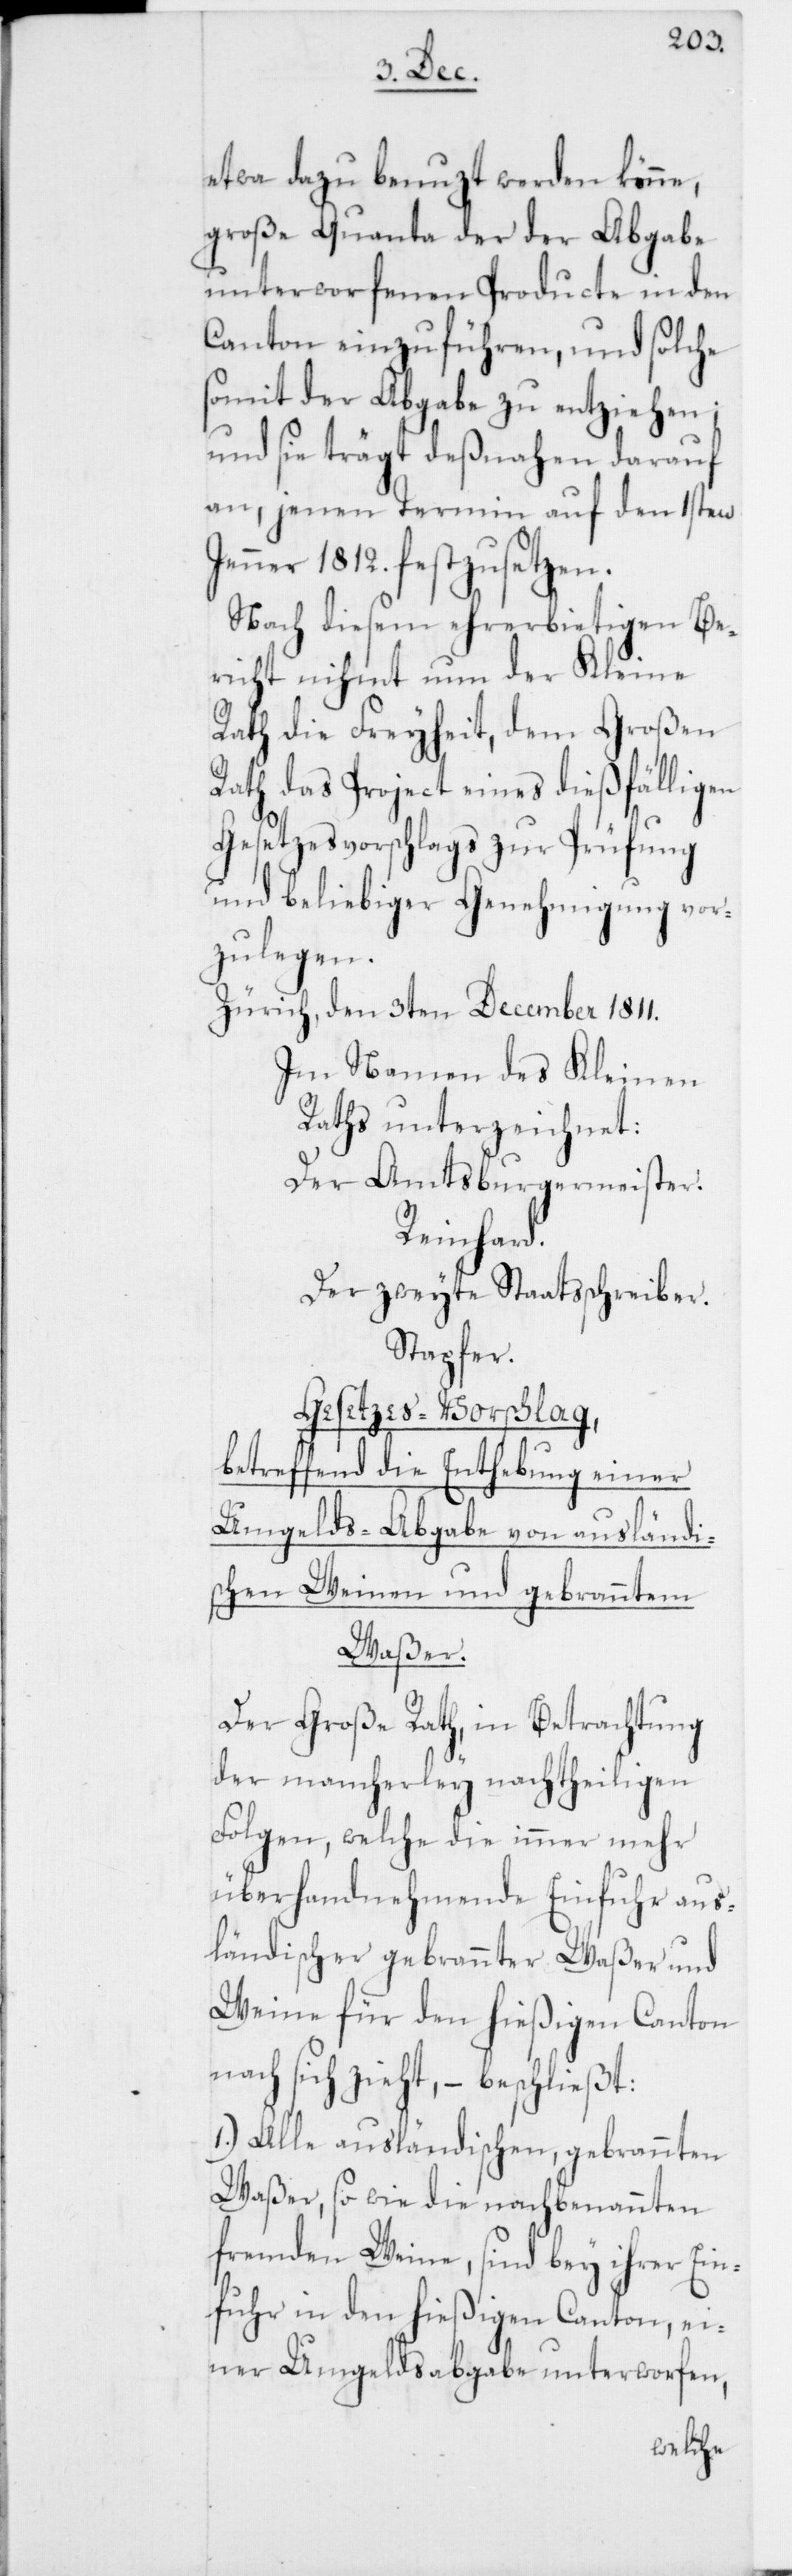
etwa dazu benuzt werden könne,
große Quanta der der Abgabe
unterworfenen Producte in den
Canton einzuführen, und solche
somit der Abgabe zu entziehen;
und sie trägt deßnahen darauf
an, jenen Termin auf den 1sten
Jenner 1812. festzusetzen.
Nach diesem ehrerbietigen Be¬
richt nihmt nun der Kleine
Rath die Freyheit, dem Großen
Rath das Project eines dießfälligen
Gesetzesvorschlags zur Prüfung
und beliebiger Genehmigung vor¬
zulegen.
Zürich, den 3ten December 1811.
Im Namen des Kleinen
Raths unterzeichnet:
Der Amtsburgermeister.
Reinhard.
Der zweyte Staatsschreiber.
Stapfer.
Gesetzes-Vorschlag,
betreffend die Enthebung einer
Umgelds-Abgabe von ausländis¬
chen Weinen und gebranntem
Waßer.
Der Große Rath, in Betrachtung
der mancherley nachtheiligen
Folgen, welche die immer mehr
überhandnehmende Einfuhr aus¬
ländischer gebrannter Waßer und
Weine für den hießigen Canton
nach sich zieht, – beschließt:
1.) Alle ausländischen, gebrannten
Waßer, so wie die nachbenannten
fremden Weine, sind bey ihrer Ein¬
fuhr in den hießigen Canton, ei¬
ner Umgeldsabgabe unterworfen,